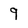
Character: 9